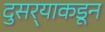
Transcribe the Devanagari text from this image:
दुसर्‍याकडून